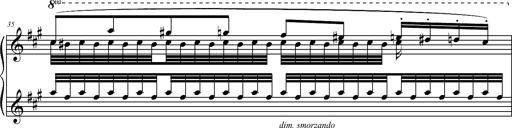
Title: 2 LÃ©gendes
Composer: Franz Liszt